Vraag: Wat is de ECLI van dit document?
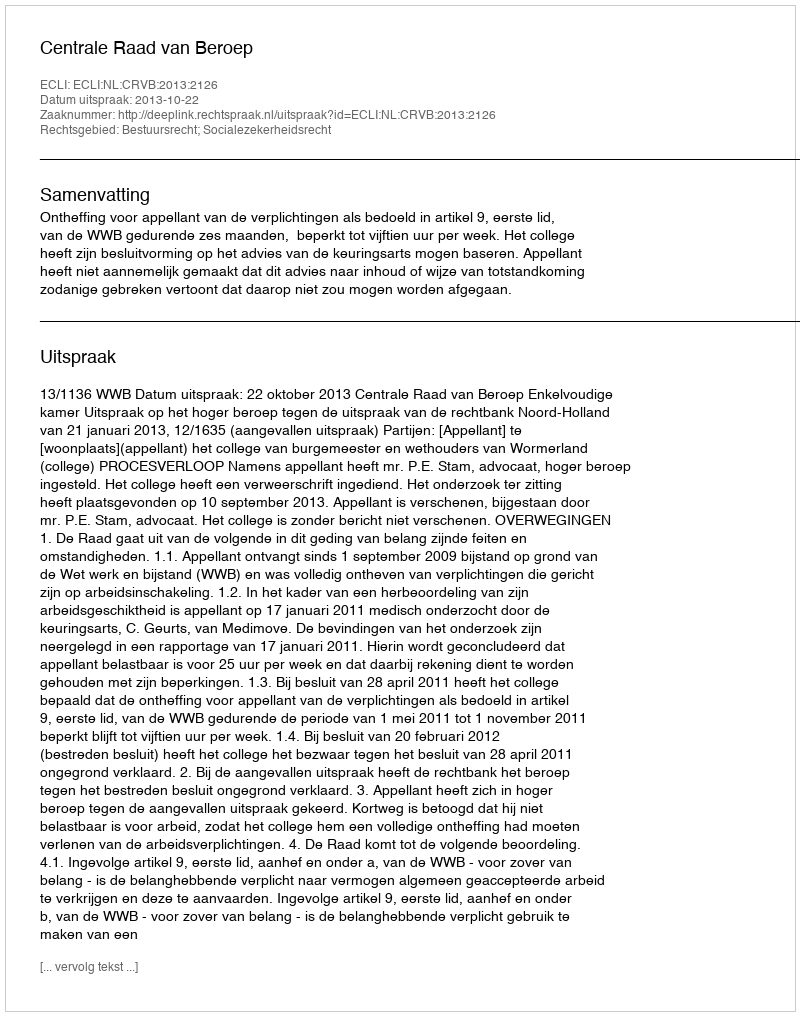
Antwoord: ECLI:NL:CRVB:2013:2126